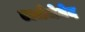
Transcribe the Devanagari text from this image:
एओजेमेद